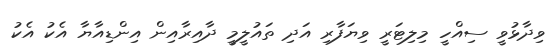
ވިދާޅުވީ ސިއްހީ މިލިޓަރީ ވިޔަފާރި އަދި ތައުލީމީ ދާއިރާއިން އިންޑިއާޔާ އެކު އެކު